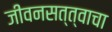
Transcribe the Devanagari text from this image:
जीवनसत्त्वाचा